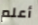
أعلم